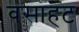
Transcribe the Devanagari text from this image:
वसाहट